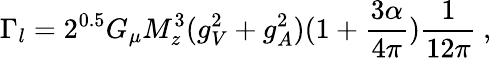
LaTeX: \Gamma_{l}=2^{0.5}G_{\mu}M_{z}^{3}(g_{V}^{2}+g_{A}^{2})(1+\frac{3\alpha}{4\pi})\frac{1}{12\pi}\: ,